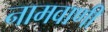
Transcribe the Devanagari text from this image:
नामवाणी